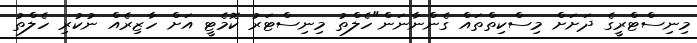
މިނިސްޓްރީގެ ދަށަށް މިސްކިތްތައް ގެންނާނަން"ހެލްތު މިނިސްޓަރު ކޮމެޓީ އަށް ހާޒިރެއް ނުކުރި ހެލްތު